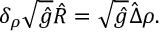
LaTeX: { \delta _ { \rho } } \sqrt { \hat { g } } \hat { R } = \sqrt { \hat { g } } \hat { \Delta } \rho .